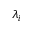
\lambda _ { i }